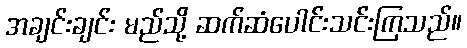
အချင်းချင်း မည်သို့ ဆက်ဆံပေါင်းသင်းကြသည်။